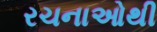
રચનાઓથી